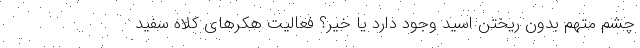
چشم متهم بدون ریختن اسید وجود دارد یا خیر؟ فعالیت هکرهای کلاه سفید